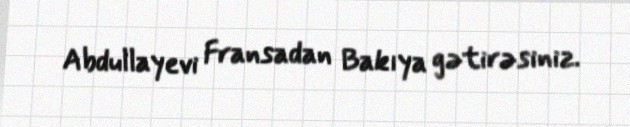
Abdullayevi Fransadan Bakıya gətirəsiniz.